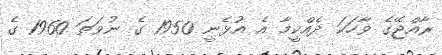
ރާއްޖޭގެ ވާހަކަ ދެއްކީމާ އެ އުޅެނީ 1950 ގެ ނުވަތަ 1960 ގެ